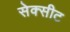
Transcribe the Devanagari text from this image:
सेक्सीट